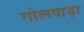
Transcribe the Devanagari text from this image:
गोलपाड़ा